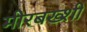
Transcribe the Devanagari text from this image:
मीरबख्शी